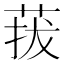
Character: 菝